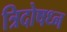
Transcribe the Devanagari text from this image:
त्रिदोषध्न